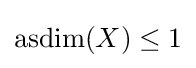
\operatorname {asdim} (X)\leq 1